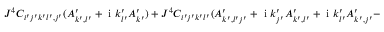
\begin{array} { r l } { J ^ { 4 } C _ { i ^ { \prime } j ^ { \prime } k ^ { \prime } l ^ { \prime } , j ^ { \prime } } ( A _ { k ^ { \prime } , l ^ { \prime } } ^ { \prime } + \mathrm { ~ i ~ } k _ { l ^ { \prime } } ^ { \prime } A _ { k ^ { \prime } } ^ { \prime } ) + J ^ { 4 } C _ { i ^ { \prime } j ^ { \prime } k ^ { \prime } l ^ { \prime } } ( A _ { k ^ { \prime } , l ^ { \prime } j ^ { \prime } } ^ { \prime } + \mathrm { ~ i ~ } k _ { j ^ { \prime } } ^ { \prime } A _ { k ^ { \prime } , l ^ { \prime } } ^ { \prime } + \mathrm { ~ i ~ } k _ { l ^ { \prime } } ^ { \prime } A _ { k ^ { \prime } , j ^ { \prime } } ^ { \prime } - } & { { } A _ { k ^ { \prime } } ^ { \prime } k _ { j ^ { \prime } } ^ { \prime } k _ { l ^ { \prime } } ^ { \prime } ) } \end{array}